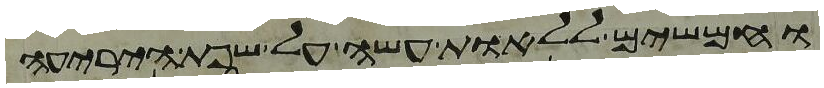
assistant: וחמשים ללאות עשה על שפת היריעה